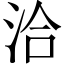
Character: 洽